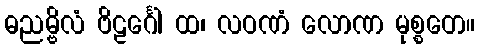
ဓညမ္ဗိလံ ဗိဠင်္ဂေါ ထ၊ လဝဏံ လောဏ မုစ္စတေ။